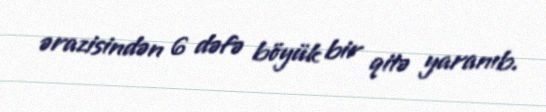
ərazisindən 6 dəfə böyük bir qitə yaranıb.